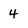
Character: 4